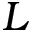
L